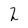
Character: 2